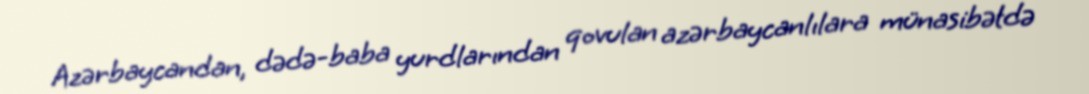
Azərbaycandan, dədə-baba yurdlarından qovulan azərbaycanlılara münasibətdə